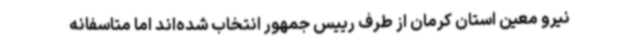
نیرو معین استان کرمان از طرف رییس جمهور انتخاب شده‌اند اما متاسفانه